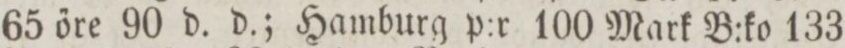
65 őre 90 d. d.; Hamburg p:r 100 Mark B:ko 133